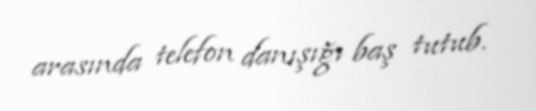
arasında telefon danışığı baş tutub.